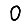
Digit: 0